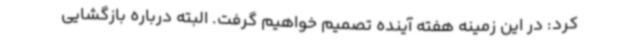
کرد: در این زمینه هفته آینده تصمیم خواهیم گرفت. البته درباره بازگشایی